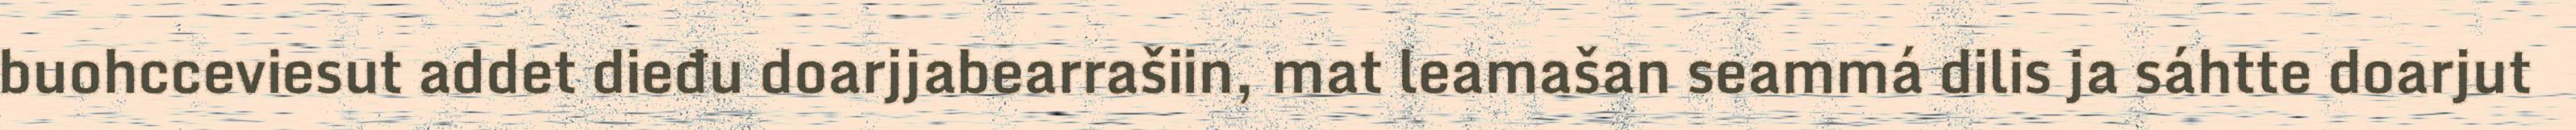
buohcceviesut addet dieđu doarjjabearrašiin, mat leamašan seammá dilis ja sáhtte doarjut